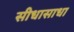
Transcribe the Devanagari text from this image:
सीधासाधा